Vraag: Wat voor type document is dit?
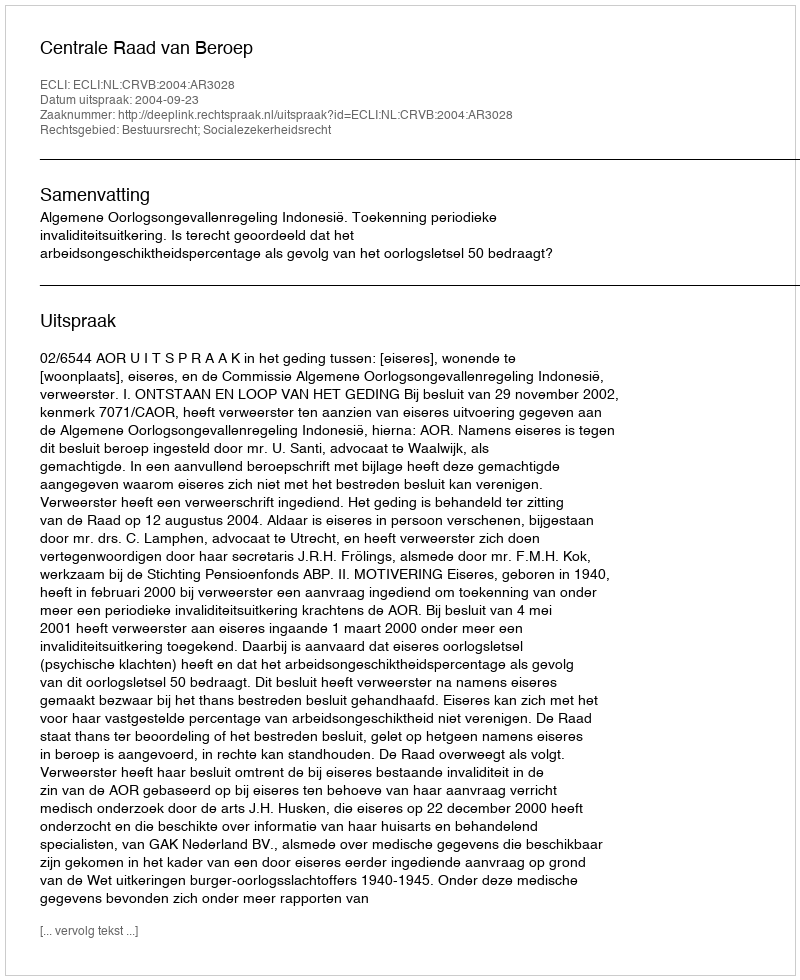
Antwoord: Uitspraak